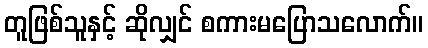
တူဖြစ်သူနှင့် ဆိုလျှင် စကားမပြောသလောက်။